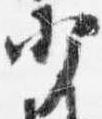
少